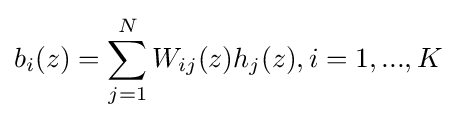
b_{i}(z)=\sum _{j=1}^{N}W_{ij}(z)h_{j}(z),i=1,...,K